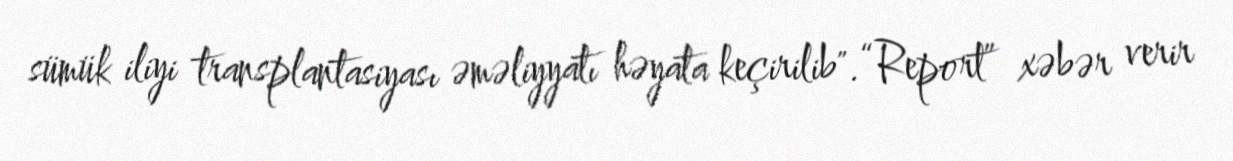
sümük iliyi transplantasiyası əməliyyatı həyata keçirilib".“Report” xəbər verir